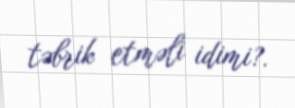
təbrik etməli idimi?.